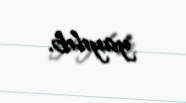
yayılıb.